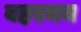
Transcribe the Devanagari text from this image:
बहरमन